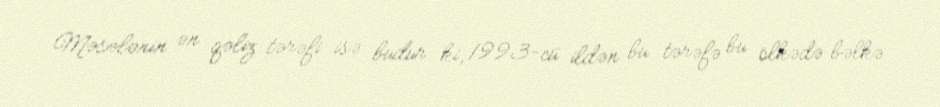
Məsələnin ən qəliz tərəfi isə budur ki, 1993-cü ildən bu tərəfə bu ölkədə bəlkə